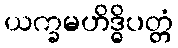
ယက္ခမဟိဒ္ဓိပတ္တံ